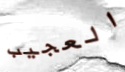
العجيب